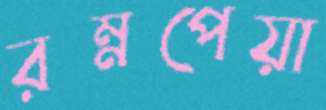
রম্নপেয়া